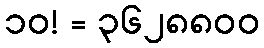
၁၀! = ၃၆၂၈၈၀၀